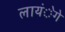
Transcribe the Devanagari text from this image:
लायंेगे